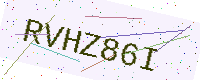
Text: RVHZ86I